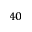
^ { 4 0 }